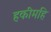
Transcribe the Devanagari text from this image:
हकीमहि